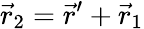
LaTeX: {\vec{r}_{2}=\vec{r}^{\prime}+\vec{r}_{1}}